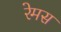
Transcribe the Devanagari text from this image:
रेमस